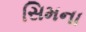
સિમના